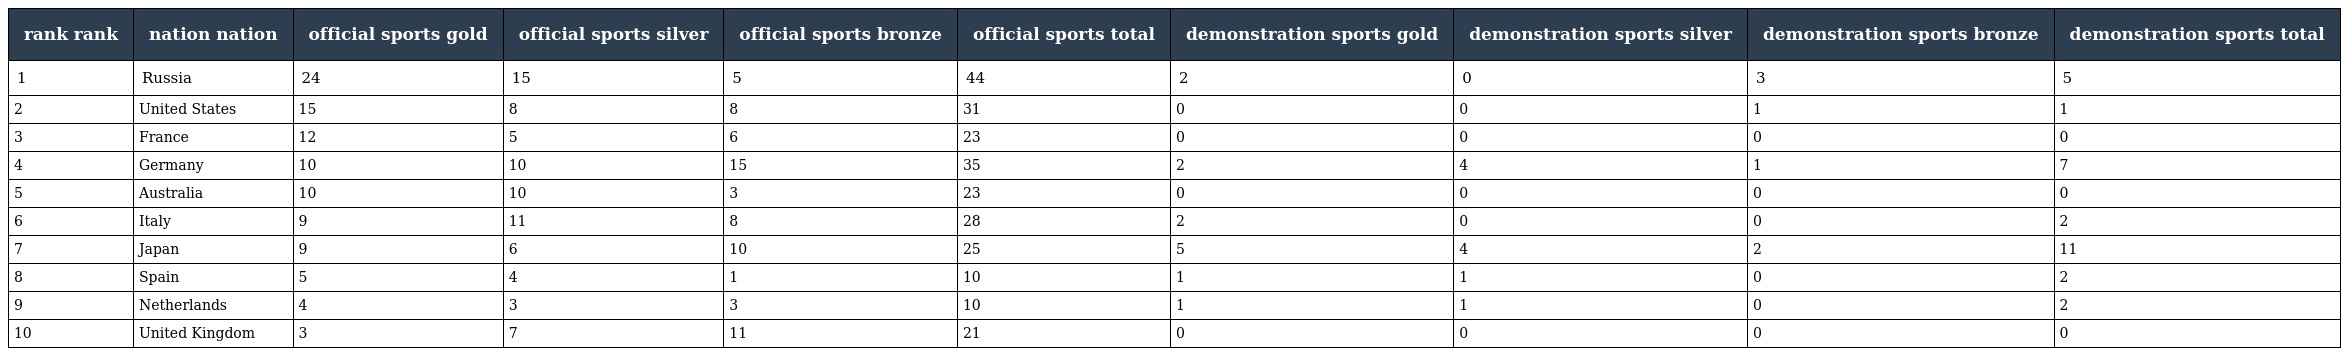
| rank rank | nation nation | official sports gold | official sports silver | official sports bronze | official sports total | demonstration sports gold | demonstration sports silver | demonstration sports bronze | demonstration sports total |
 | --- | --- | --- | --- | --- | --- | --- | --- | --- | --- |
 | 1 | Russia | 24 | 15 | 5 | 44 | 2 | 0 | 3 | 5 |
 | 2 | United States | 15 | 8 | 8 | 31 | 0 | 0 | 1 | 1 |
 | 3 | France | 12 | 5 | 6 | 23 | 0 | 0 | 0 | 0 |
 | 4 | Germany | 10 | 10 | 15 | 35 | 2 | 4 | 1 | 7 |
 | 5 | Australia | 10 | 10 | 3 | 23 | 0 | 0 | 0 | 0 |
 | 6 | Italy | 9 | 11 | 8 | 28 | 2 | 0 | 0 | 2 |
 | 7 | Japan | 9 | 6 | 10 | 25 | 5 | 4 | 2 | 11 |
 | 8 | Spain | 5 | 4 | 1 | 10 | 1 | 1 | 0 | 2 |
 | 9 | Netherlands | 4 | 3 | 3 | 10 | 1 | 1 | 0 | 2 |
 | 10 | United Kingdom | 3 | 7 | 11 | 21 | 0 | 0 | 0 | 0 |